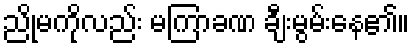
ညိုမကိုလည်း မကြာခဏ ချီးမွမ်းနေ၏။